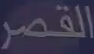
القصر